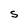
Character: S